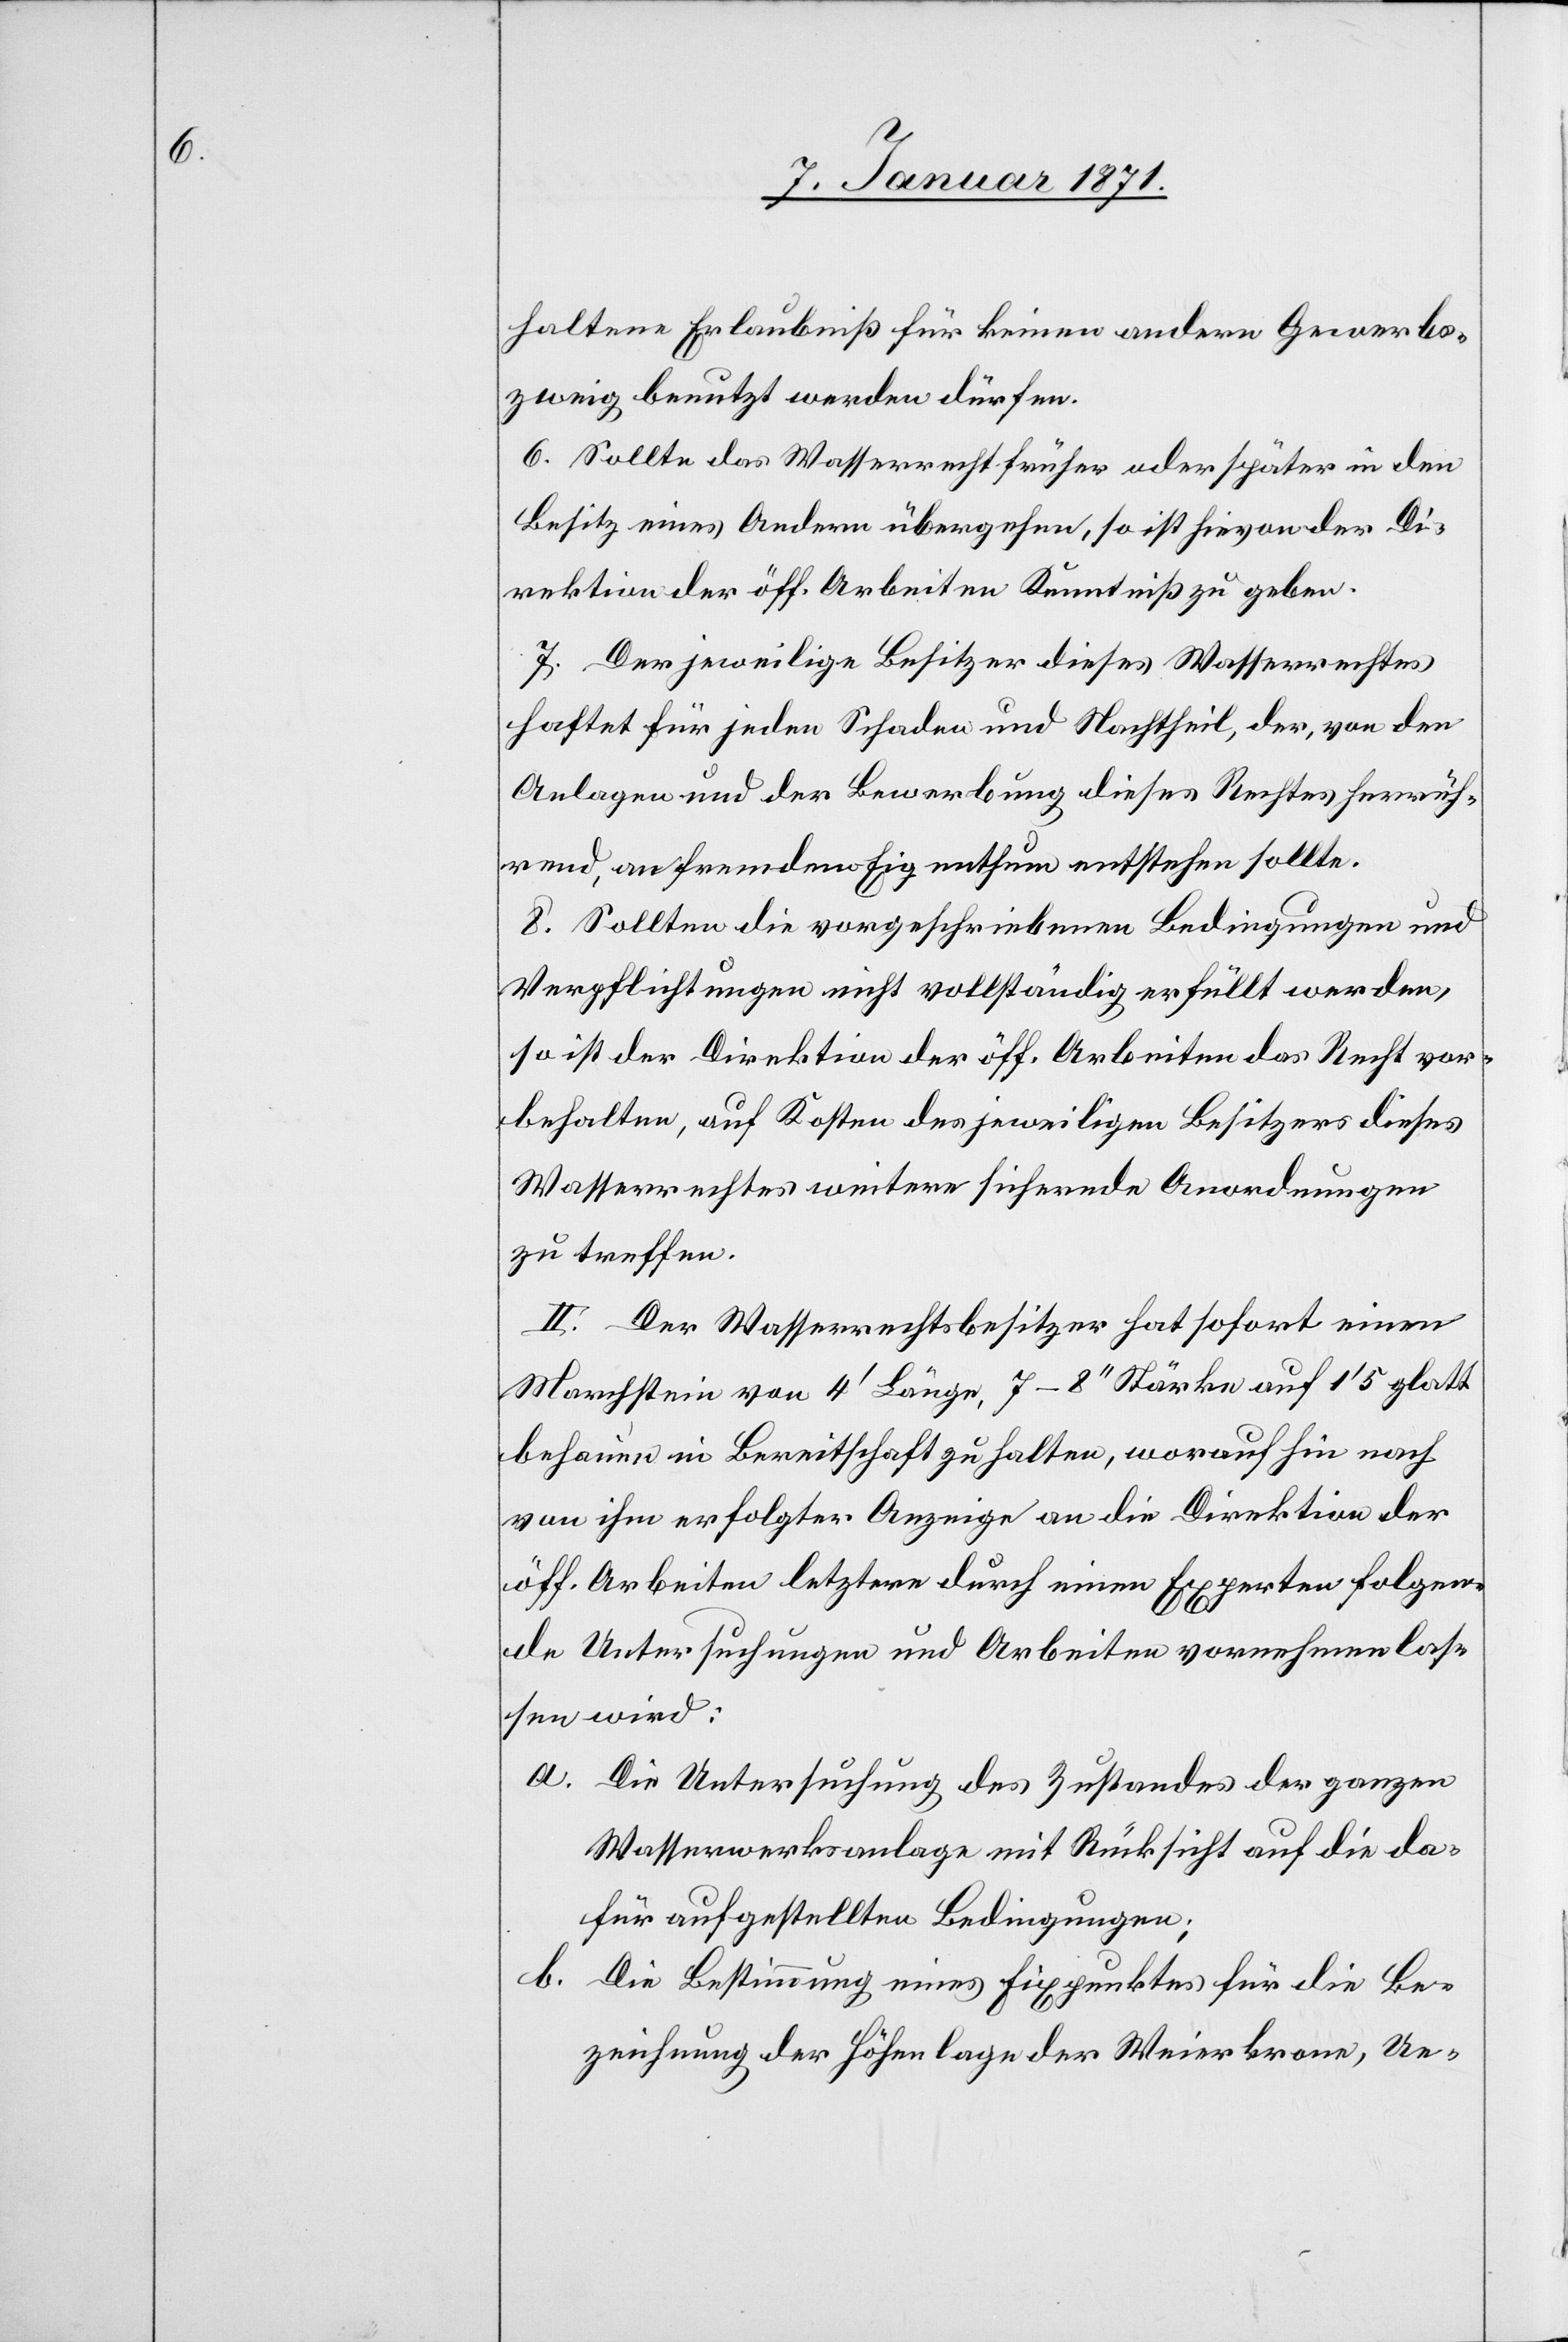
haltene Erlaubniß für keinen andern Gewerbs¬
zweig benutzt werden dürfen.
6. Sollte das Wasserrecht früher oder später in den
Besitz eines Andern übergehen, so ist hievon der Di¬
rektion der öff. Arbeiten Kenntniß zu geben.
7. Der jeweilige Besitzer dieses Wasserrechtes
haftet für jeden Schaden und Nachtheil, der, von den
Anlagen und der Bewerbung dieses Rechtes herrüh¬
rend, an fremdem Eigenthum entstehen sollte.
8. Sollten die vorgeschriebenen Bedingungen und
Verpflichtungen nicht vollständig erfüllt werden,
so ist der Direktion der öff. Arbeiten das Recht vor¬
behalten, auf Kosten des jeweiligen Besitzers dieses
Wasserrechtes weitere sichernde Anordnungen
zu treffen.
II. Der Wasserrechtsbesitzer hat sofort einen
Marchstein von 4’ Länge, 7–8“ Stärke auf 1’5 glatt
behauen in Bereitschaft zu halten, woraufhin nach
von ihm erfolgter Anzeige an die Direktion der
öff. Arbeiten letztere durch einen Experten folgen¬
de Untersuchungen und Arbeiten vornehmen las¬
sen wird:
a. Die Untersuchung des Zustandes der ganzen
Wasserwerksanlage mit Rücksicht auf die da¬
für aufgestellten Bedingungen;
b. Die Bestimmung eines Fixpunktes für die Be¬
zeichnung der Höhenlage der Weierkrone, Ue-